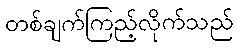
တစ်ချက်ကြည့်လိုက်သည်